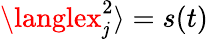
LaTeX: \langlex_{\mathit{j}}^{2}\rangle=s(t)